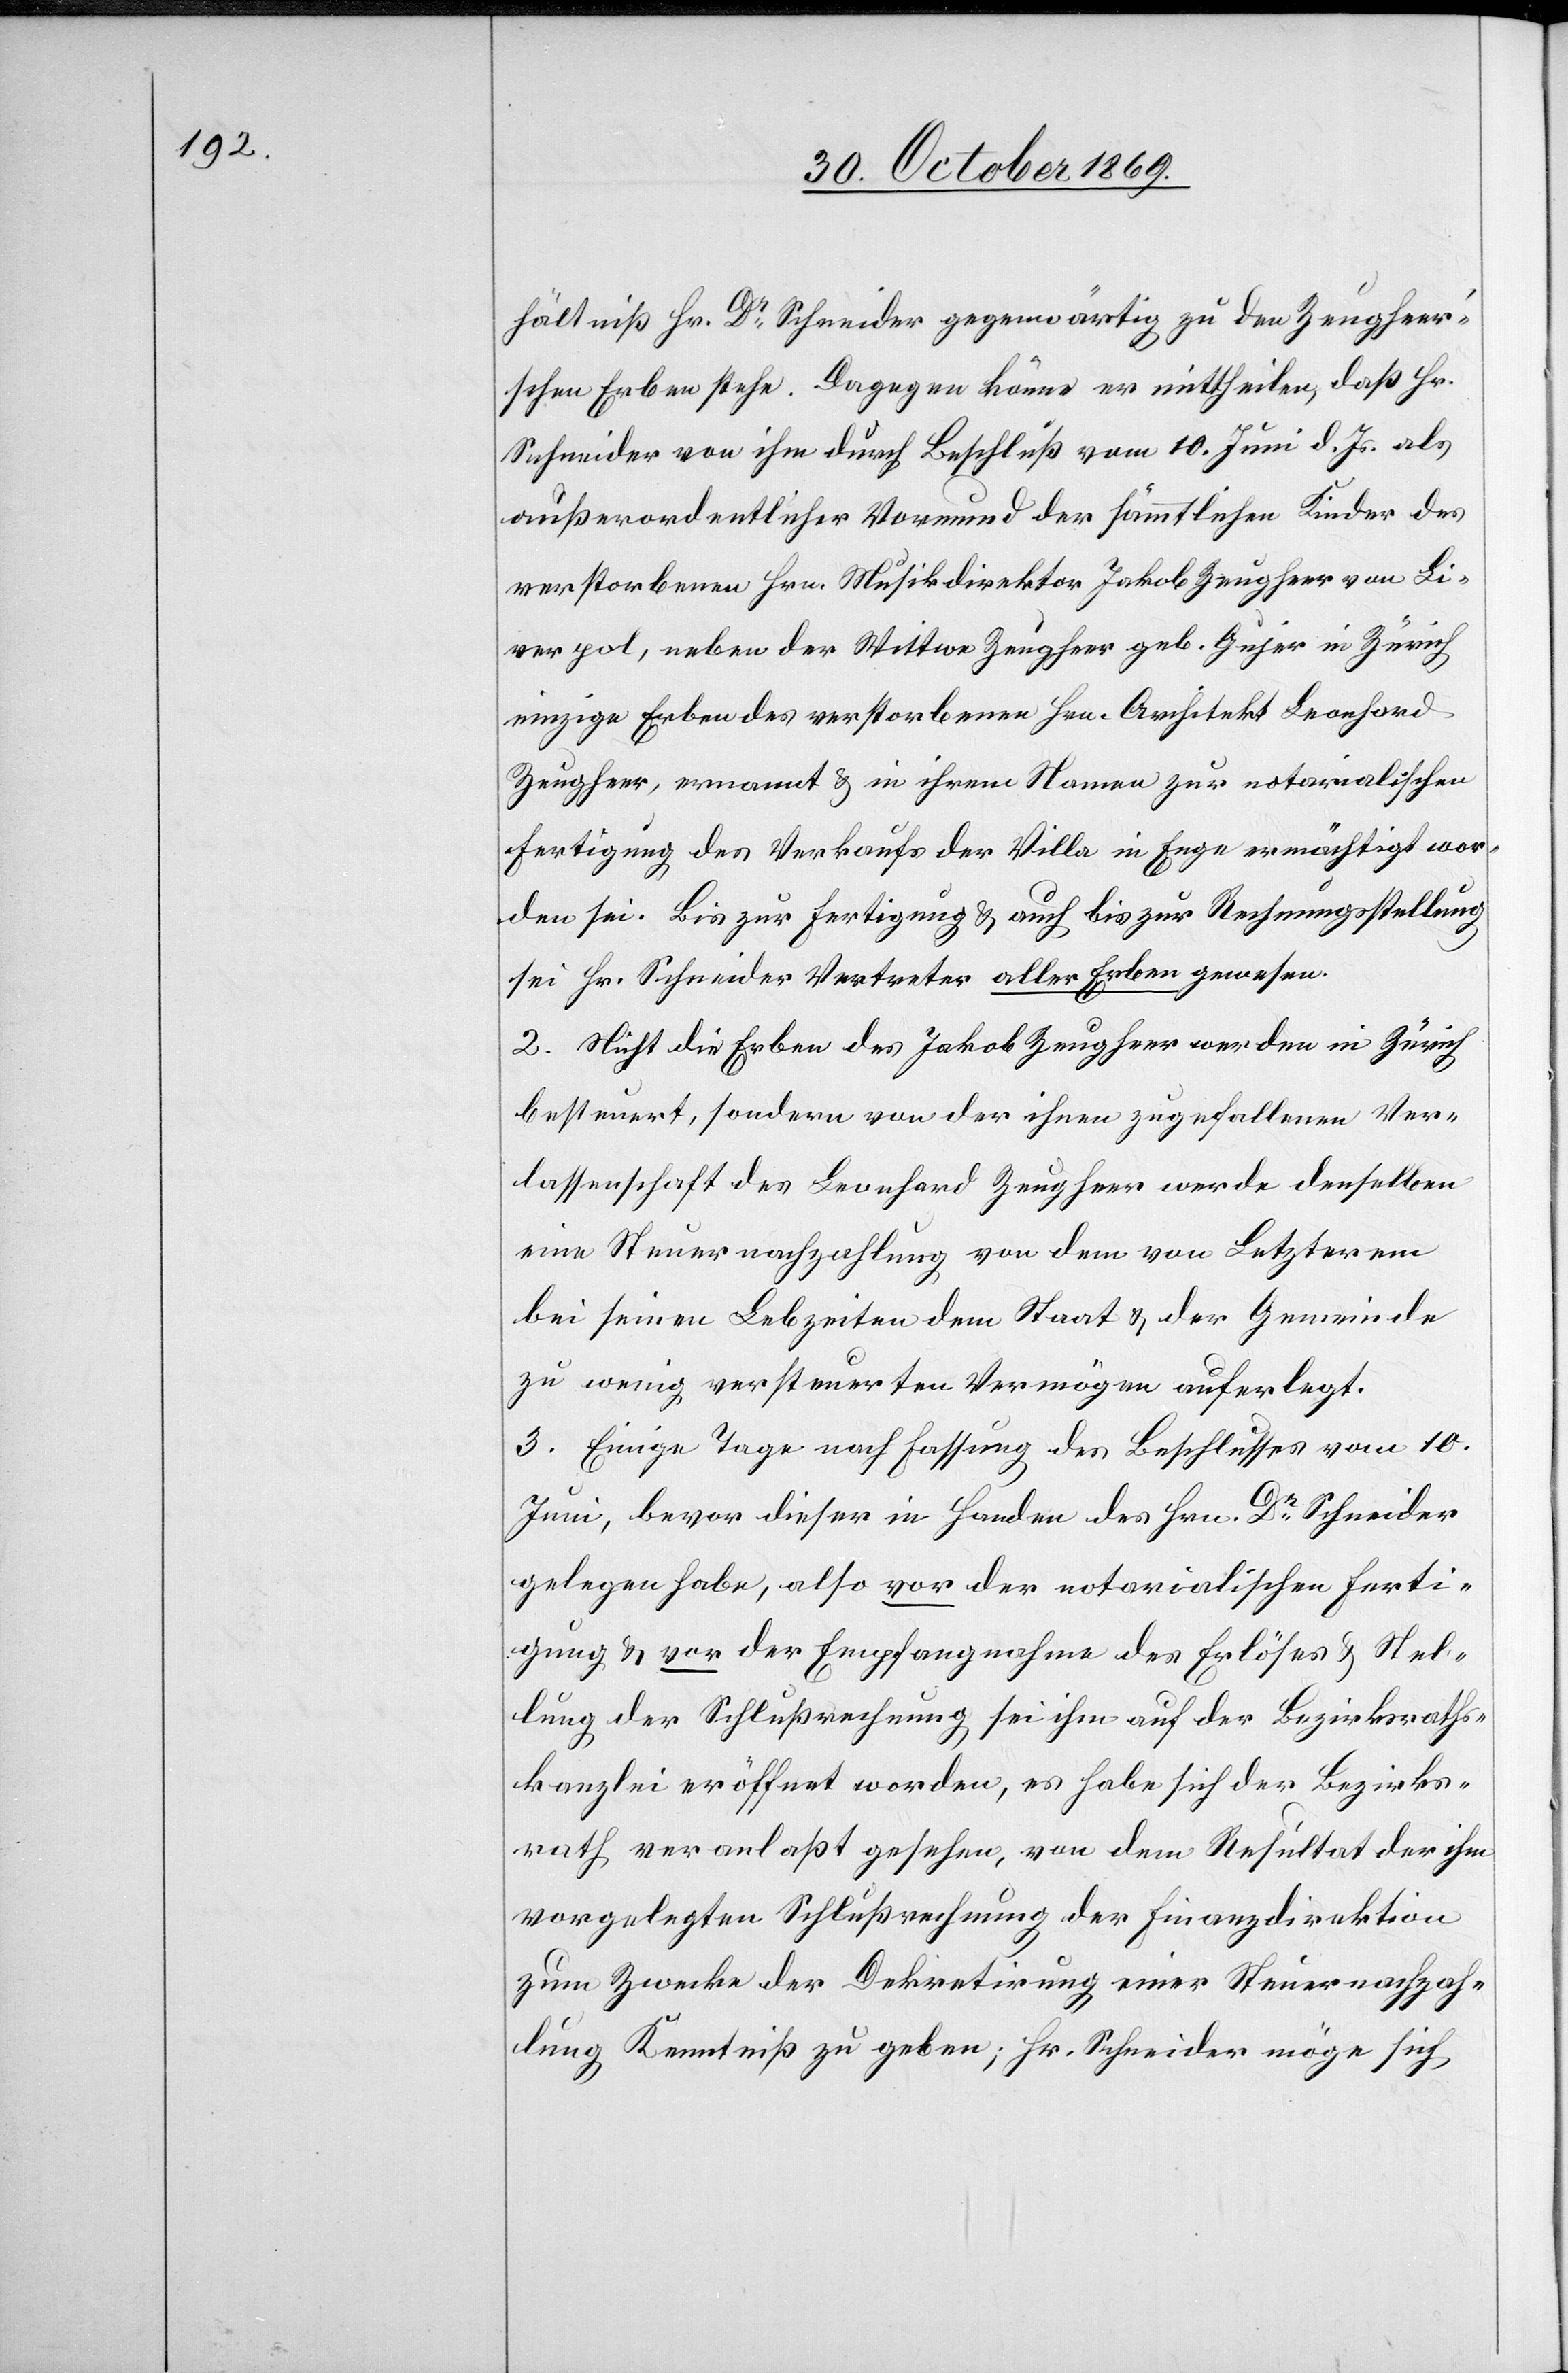
hältniß Hr. Dr Schneider gegenwärtig zu den Zeugheer’s¬
chen Erben stehe. Dagegen könne er mittheilen, daß Hr.
Schneider von ihm durch Beschluß vom 10. Juni d. Js. als
außerordentlicher Vormund der sämmtlichen Kinder des
verstorbenen Hrn. Musikdirektor Jakob Zeugheer von Li¬
verpol, neben der Wittwe Zeugheer geb. Gujer in Zürich
einzige Erben des verstorbenen Hrn. Architekt Leonhard
Zeugheer, ernannt & in ihrem Namen zur notarialischen
Fertigung des Verkaufs der Villa in Enge ermächtigt wor¬
den sei. Bis zur Fertigung & auch bis zur Rechnungsstellung
sei Hr. Schneider Vertreter aller Erben gewesen.
2. Nicht die Erben des Jakob Zeugheer werden in Zürich
besteuert, sondern von der ihnen zugefallenen Ver¬
lassenschaft des Leonhard Zeugheer werde denselben
eine Steuernachzahlung von dem von Letzterem
bei seinen Lebzeiten dem Staat & der Gemeinde
zu wenig versteuerten Vermögen auferlegt.
3. Einige Tage nach Fassung des Beschlusses vom 10.
Juni, bevor dieser in Handen des Hrn. Dr Schneider
gelegen habe, also vor der notarialischen Ferti¬
gung & vor der Empfangnahme des Erlöses & Stel¬
lung der Schlußrechnung sei ihm auf der Bezirksraths¬
kanzlei eröffnet worden, es habe sich der Bezirks¬
rath veranlaßt gesehen, von dem Resultat der ihm
vorgelegten Schlußrechnung der Finanzdirektion
zum Zwecke der Dekretirung einer Steuernachzah¬
lung Kenntniß zu geben; Hr. Schneider möge sich